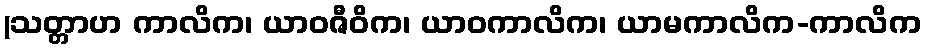
(သတ္တာဟ ကာလိက၊ ယာဝဇီဝိက၊ ယာဝကာလိက၊ ယာမကာလိက-ကာလိက